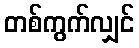
တစ်ကွက်လျှင်